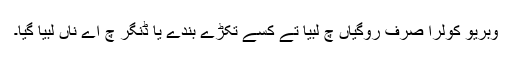
وبریو کولرا صرف روگیاں چ لبیا تے کسے تکڑے بندے یا ڈنگر چ اے ناں لبیا گیا۔